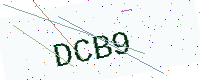
Text: DCB9